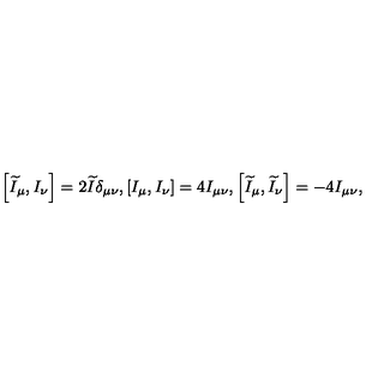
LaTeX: \left[ \widetilde { I } _ { \mu } , I _ { \nu } \right] = 2 \widetilde { I } \delta _ { \mu \nu } , \left[ I _ { \mu } , I _ { \nu } \right] = 4 I _ { \mu \nu } , \left[ \widetilde { I } _ { \mu } , \widetilde { I } _ { \nu } \right] = - 4 I _ { \mu \nu } ,